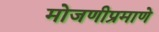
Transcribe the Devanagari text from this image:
मोजणीप्रमाणे